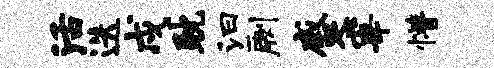
活迭戍耽汩劂蹙宰懵